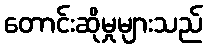
တောင်းဆိုမှုများသည်